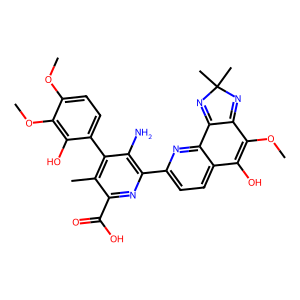
SMILES: COc1ccc(-c2c(C)c(C(=O)O)nc(-c3ccc4c(O)c(OC)c5c(c4n3)=NC(C)(C)N=5)c2N)c(O)c1OC
Inhibits HIV replication: No